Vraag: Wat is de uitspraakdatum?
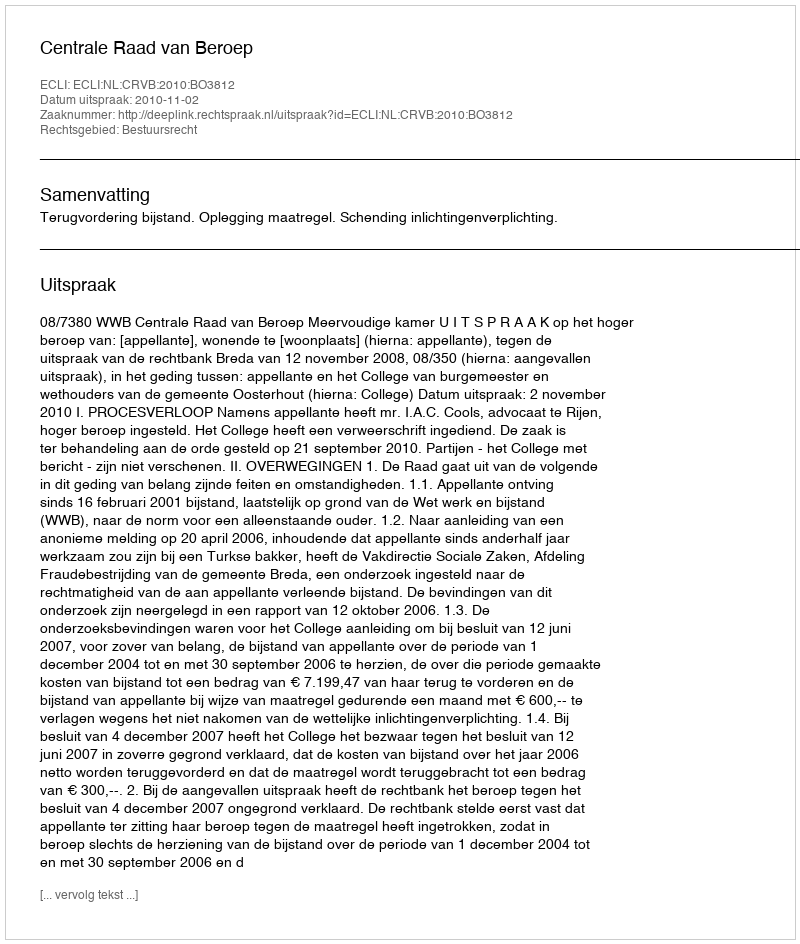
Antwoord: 2010-11-02